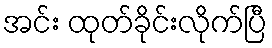
အင်း ထုတ်ခိုင်းလိုက်ပြီ